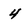
Character: 4